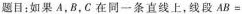
题目：如果A，B，C在同一条直线上，线段AB=